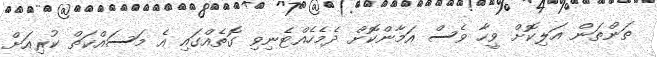
ތަންތަން އަލިކޮށް ވީހާ ވެސް އަމާންކޮށް ދެމެހެއްޓެނިވި ގޮތެއްގައި އެ މަސައްކަތް ކުރިއަށް